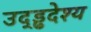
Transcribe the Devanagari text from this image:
उद्ड्ढदेश्य